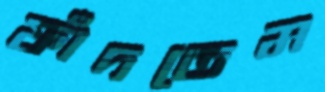
ফাঁদতেম